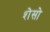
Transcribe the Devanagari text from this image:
शेसो